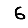
Digit: 6